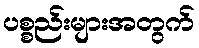
ပစ္စည်းများအတွက်